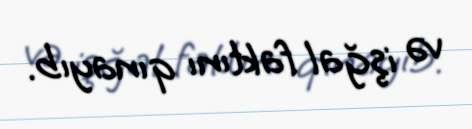
və işğal faktını qınayıb.